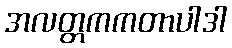
အလတ္တကကတာပါဒါ